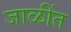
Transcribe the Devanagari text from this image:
जाळींत